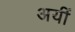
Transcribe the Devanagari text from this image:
अयीं